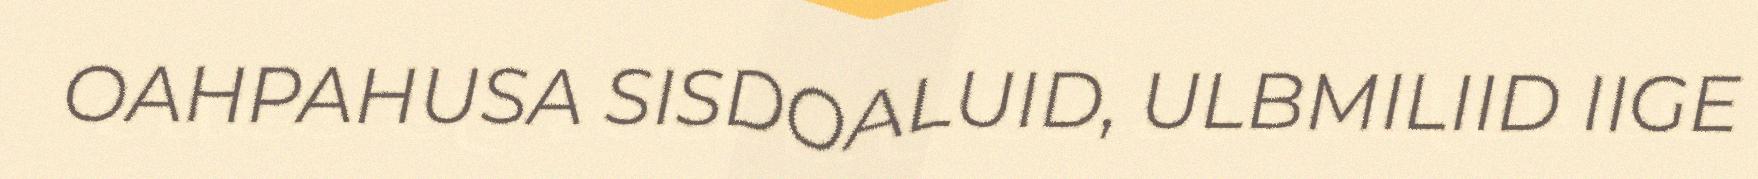
OAHPAHUSA SISDOALUID, ULBMILIID IIGE